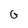
Character: G